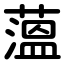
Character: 薀